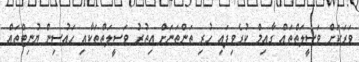
ވަރަކަށް ވަސީލަތްތައް ގާއިމް ކުރެވިފައި ހުރި ތަންތަނަށް އިތުރު ވަސީލަތްތަކާއި ހައުސިން ޔުނިޓްތައް